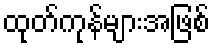
ထုတ်ကုန်များအဖြစ်